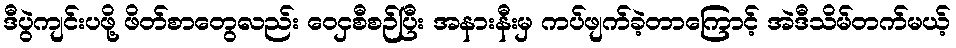
ဒီပွဲကျင်းပဖို့ ဖိတ်စာတွေလည်း ဝေငှစီစဉ်ပြီး အနားနီးမှ ကပ်ဖျက်ခဲ့တာကြောင့် အဲဒီသိမ်တက်မယ့်